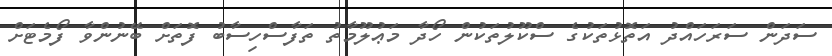
ސަދަން ސަރަހައްދު އަތޮޅުތަކުގެ ސްކޫލުތަކުން ހޯދާ މަޢުލޫމާތު ތަފާސްހިސާބު ފޮތަށް ބޭނުންވާ ފޯމެޓަށް